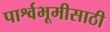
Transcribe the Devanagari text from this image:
पार्श्वभूमीसाठी